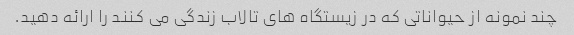
چند نمونه از حیواناتی که در زیستگاه های تالاب زندگی می کنند را ارائه دهید.